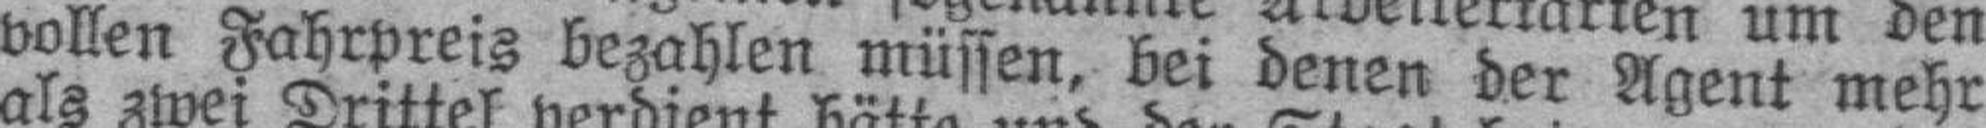
vollen Fahrpreis bezahlen müssen, bei denen der Agent mehr